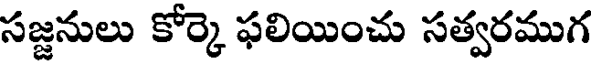
సజ్జనులు కోర్కె ఫలియించు సత్వరముగ